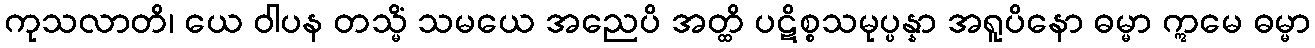
ကုသလာတိ၊ ယေ ဝါပန တသ္မိံ သမယေ အညေပိ အတ္ထိ ပဋိစ္စသမုပ္ပန္နာ အရူပိနော ဓမ္မာ ဣမေ ဓမ္မာ